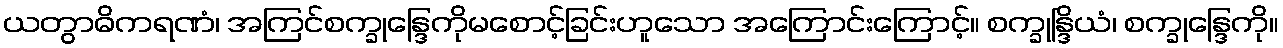
ယတွာဓိကရဏံ၊ အကြင်စက္ခုန္ဒြေကိုမစောင့်ခြင်းဟူသော အကြောင်းကြောင့်။ စက္ခုန္ဒြိယံ၊ စက္ခုန္ဒြေကို။